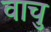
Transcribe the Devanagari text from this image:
वाचु